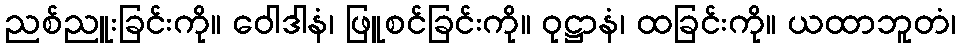
ညစ်ညူးခြင်းကို။ ဝေါဒါနံ၊ ဖြူစင်ခြင်းကို။ ဝုဋ္ဌာနံ၊ ထခြင်းကို။ ယထာဘူတံ၊